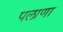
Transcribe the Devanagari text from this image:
पलाणा